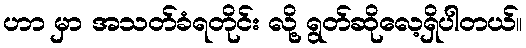
ဟာ မှာ အသတ်ခံရတိုင်း လို့ ရွတ်ဆိုလေ့ရှိပါတယ်။